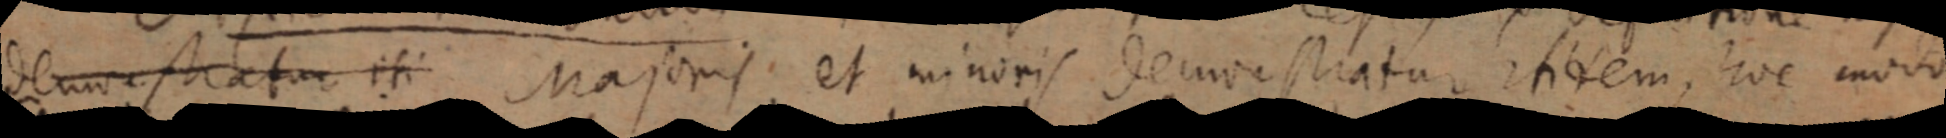
demonstratur isi Majoris, et minoris demorstratur ititem, hoc modo